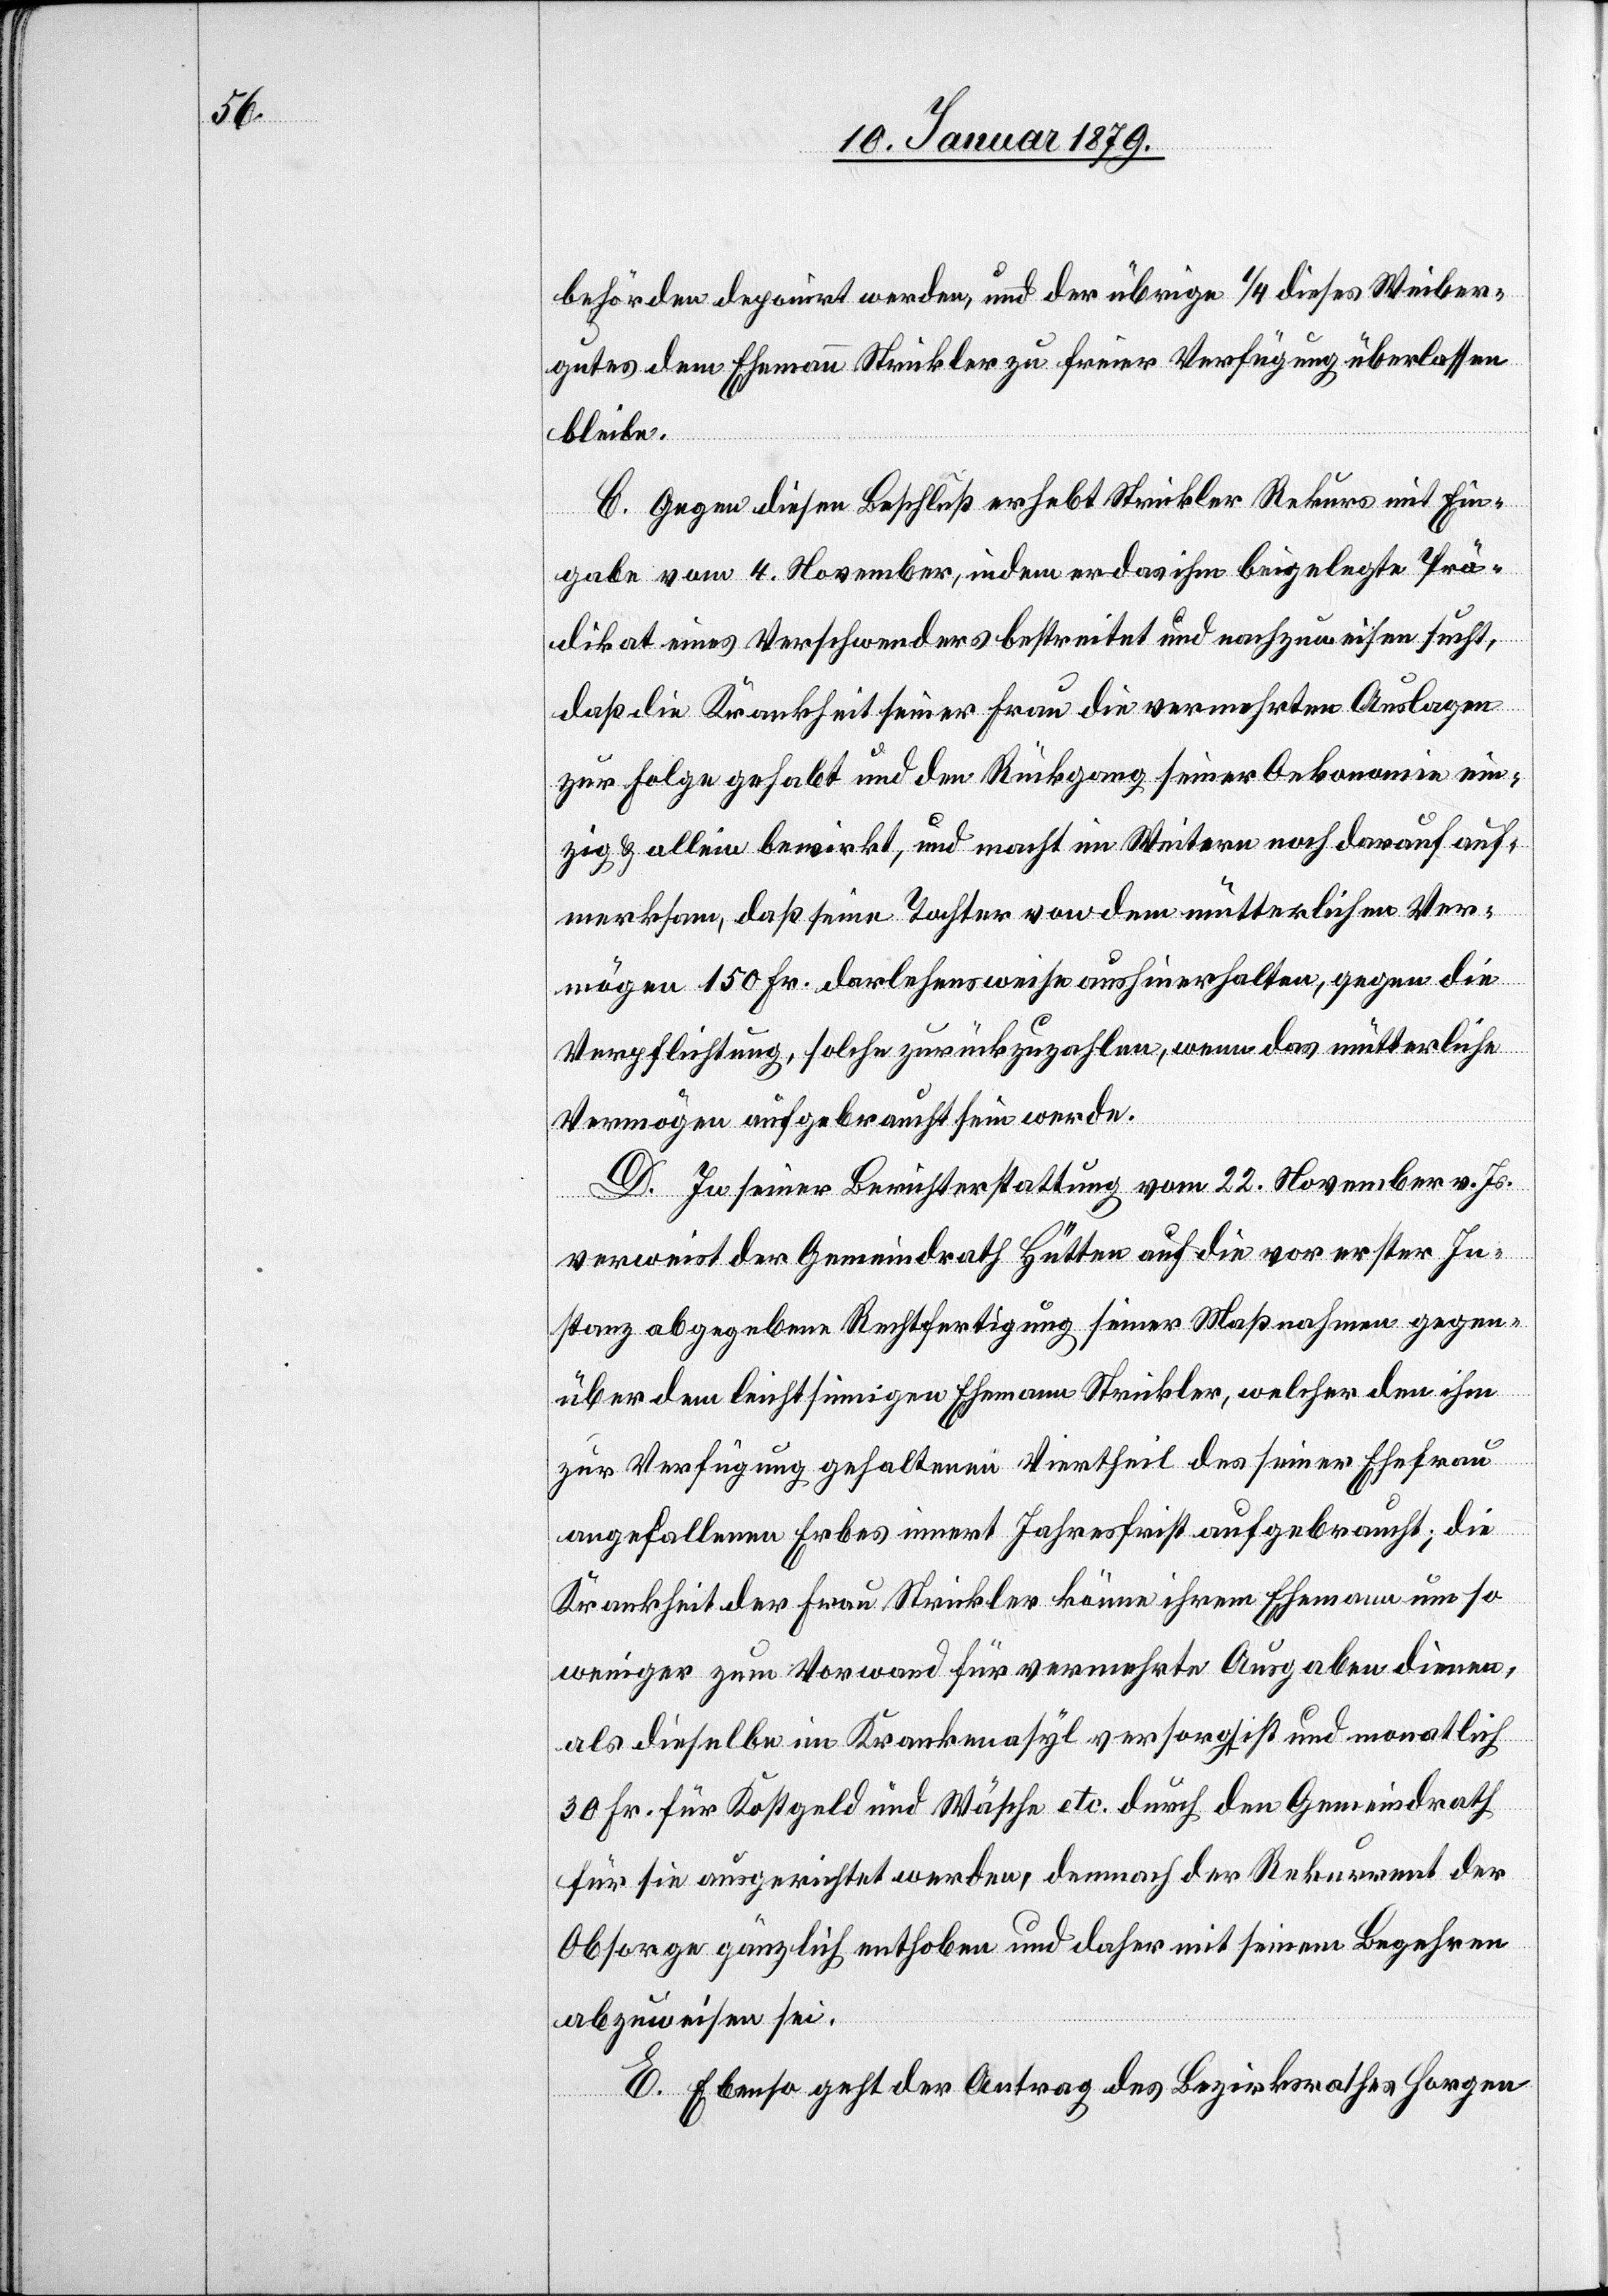
behörden deponirt werden, und der übrige 1/4 dieses Weiber¬
gutes dem Ehemann Strickler zu freier Verfügung überlassen
bleibe.
C. Gegen diesen Beschluß erhebt Strickler Rekurs mit Ein¬
gabe vom 4. November, indem er das ihm beigelegte Prä¬
dikat eines Verschwenders bestreitet und nachzuweisen sucht,
daß die Krankheit seiner Frau die vermehrten Auslagen
zur Folge gehabt und den Rückgang seiner Oekonomie ein¬
zig & allein bewirkt, und macht im Weitern noch darauf auf¬
merksam, daß seine Tochter von dem mütterlichen Ver¬
mögen 150 Fr. darlehensweise aushinerhalten, gegen die
Verpflichtung, solche zurückzuzahlen, wenn das mütterliche
Vermögen aufgebraucht sein werde.
D. In seiner Berichterstattung vom 22. November v. Js.
verweist der Gemeindrath Hütten auf die vor erster In¬
stanz abgegebene Rechtfertigung seiner Maßnahmen gegen¬
über dem leichtsinnigen Ehemann Strickler, welcher den ihm
zur Verfügung gehaltenen Viertheil des seiner Ehefrau
angefallenen Erbes innert Jahresfrist aufgebraucht; die
Krankheit der Frau Strickler könne ihrem Ehemann um so
weniger zum Vorwand für vermehrte Ausgaben dienen,
als dieselbe im Krankenasyl versorgt ist und monatlich
30 Fr. für Kostgeld und Wäsche etc. durch den Gemeindrath
für sie ausgerichtet werden, demnach der Rekurrent der
Obsorge gänzlich enthoben und daher mit seinem Begehren
abzweisen sei.
E. Ebenso geht der Antrag des Bezirksrathes Horgen